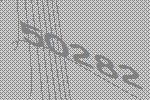
50282